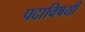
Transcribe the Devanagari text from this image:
पदाविषयी